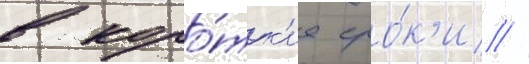
в коро́тк'ие сро́к'и //